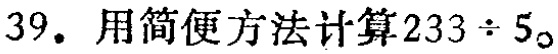
39. 用简便方法计算\(233\div5\)。